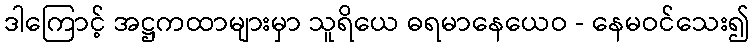
ဒါကြောင့် အဋ္ဌကထာများမှာ သူရိယေ ဓရမာနေယေဝ - နေမဝင်သေး၍